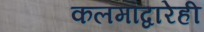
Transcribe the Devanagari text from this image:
कलमांद्वारेही